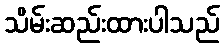
သိမ်းဆည်းထားပါသည်